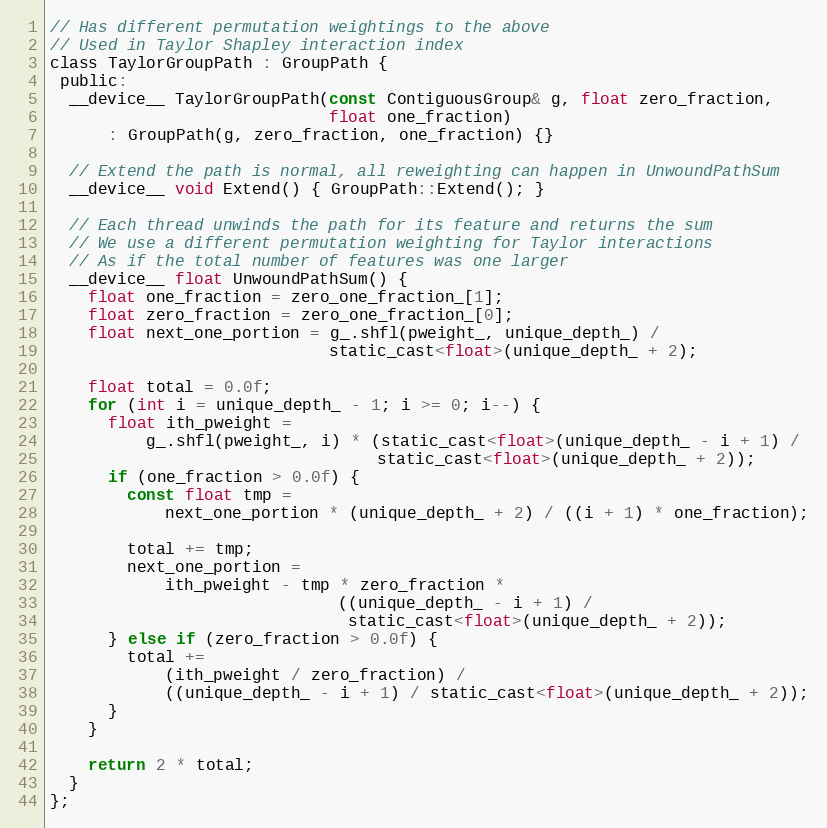
Language: C
// Has different permutation weightings to the above
// Used in Taylor Shapley interaction index
class TaylorGroupPath : GroupPath {
 public:
  __device__ TaylorGroupPath(const ContiguousGroup& g, float zero_fraction,
                             float one_fraction)
      : GroupPath(g, zero_fraction, one_fraction) {}

  // Extend the path is normal, all reweighting can happen in UnwoundPathSum
  __device__ void Extend() { GroupPath::Extend(); }

  // Each thread unwinds the path for its feature and returns the sum
  // We use a different permutation weighting for Taylor interactions
  // As if the total number of features was one larger
  __device__ float UnwoundPathSum() {
    float one_fraction = zero_one_fraction_[1];
    float zero_fraction = zero_one_fraction_[0];
    float next_one_portion = g_.shfl(pweight_, unique_depth_) /
                             static_cast<float>(unique_depth_ + 2);

    float total = 0.0f;
    for (int i = unique_depth_ - 1; i >= 0; i--) {
      float ith_pweight =
          g_.shfl(pweight_, i) * (static_cast<float>(unique_depth_ - i + 1) /
                                  static_cast<float>(unique_depth_ + 2));
      if (one_fraction > 0.0f) {
        const float tmp =
            next_one_portion * (unique_depth_ + 2) / ((i + 1) * one_fraction);

        total += tmp;
        next_one_portion =
            ith_pweight - tmp * zero_fraction *
                              ((unique_depth_ - i + 1) /
                               static_cast<float>(unique_depth_ + 2));
      } else if (zero_fraction > 0.0f) {
        total +=
            (ith_pweight / zero_fraction) /
            ((unique_depth_ - i + 1) / static_cast<float>(unique_depth_ + 2));
      }
    }

    return 2 * total;
  }
};